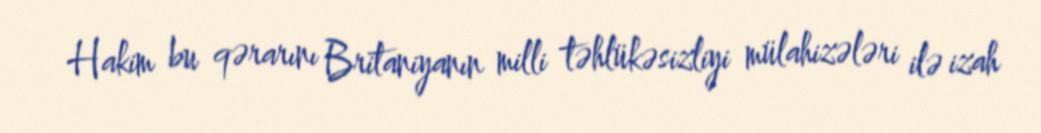
Hakim bu qərarını Britaniyanın milli təhlükəsizliyi mülahizələri ilə izah